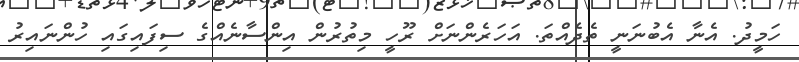
ހަމީދު. އެނާ އެބުނަނީ ތެދެއްތަ. އަހަރެންނަށް ރޫހީ މިތުރުން އިންސާނެއްގެ ސިފައިގައި ހުންނައިރު